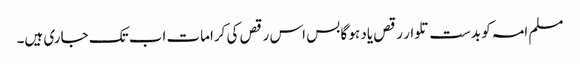
مسلم امہ کو بدست تلوار رقص یاد ہو گا بس اس رقص کی کرامات اب تک جاری ہیں۔